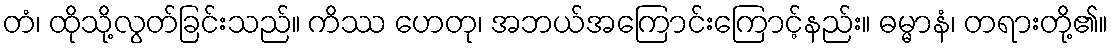
တံ၊ ထိုသို့လွတ်ခြင်းသည်။ ကိဿ ဟေတု၊ အဘယ်အကြောင်းကြောင့်နည်း။ ဓမ္မာနံ၊ တရားတို့၏။